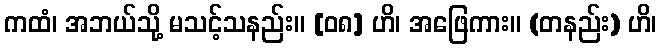
ကထံ၊ အဘယ်သို့ မသင့်သနည်း။ [၀၈] ဟိ၊ အဖြေကား။ (တနည်း) ဟိ၊